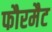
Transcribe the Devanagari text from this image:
फौरमैट